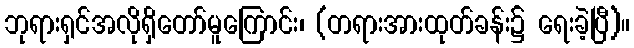
ဘုရားရှင်အလိုရှိတော်မူကြောင်း၊ (တရားအားထုတ်ခန်း၌ ရေးခဲ့ပြီ)။